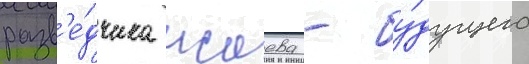
разв'е́дчика исаева - бу́дущего